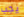
يجب